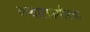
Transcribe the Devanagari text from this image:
कथालक्ष्मीच्या